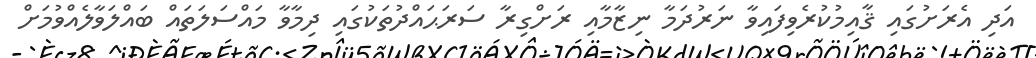
އަދި އެރަށުގައި ޤާއިމުކުރެވިފައިވާ ނަރުދަމާ ނިޒާމާއި ރަށްގިރާ ސަރަޙައްދުތަކުގައި ދިމާވާ މައްސަލަތައް ބައްލަވާލެއްވުމަށް